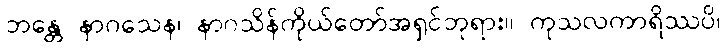
ဘန္တေ နာဂသေန၊ နာဂသိန်ကိုယ်တော်အရှင်ဘုရား။ ကုသလကာရိဿပိ၊